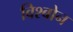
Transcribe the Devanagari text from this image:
विश्बोन